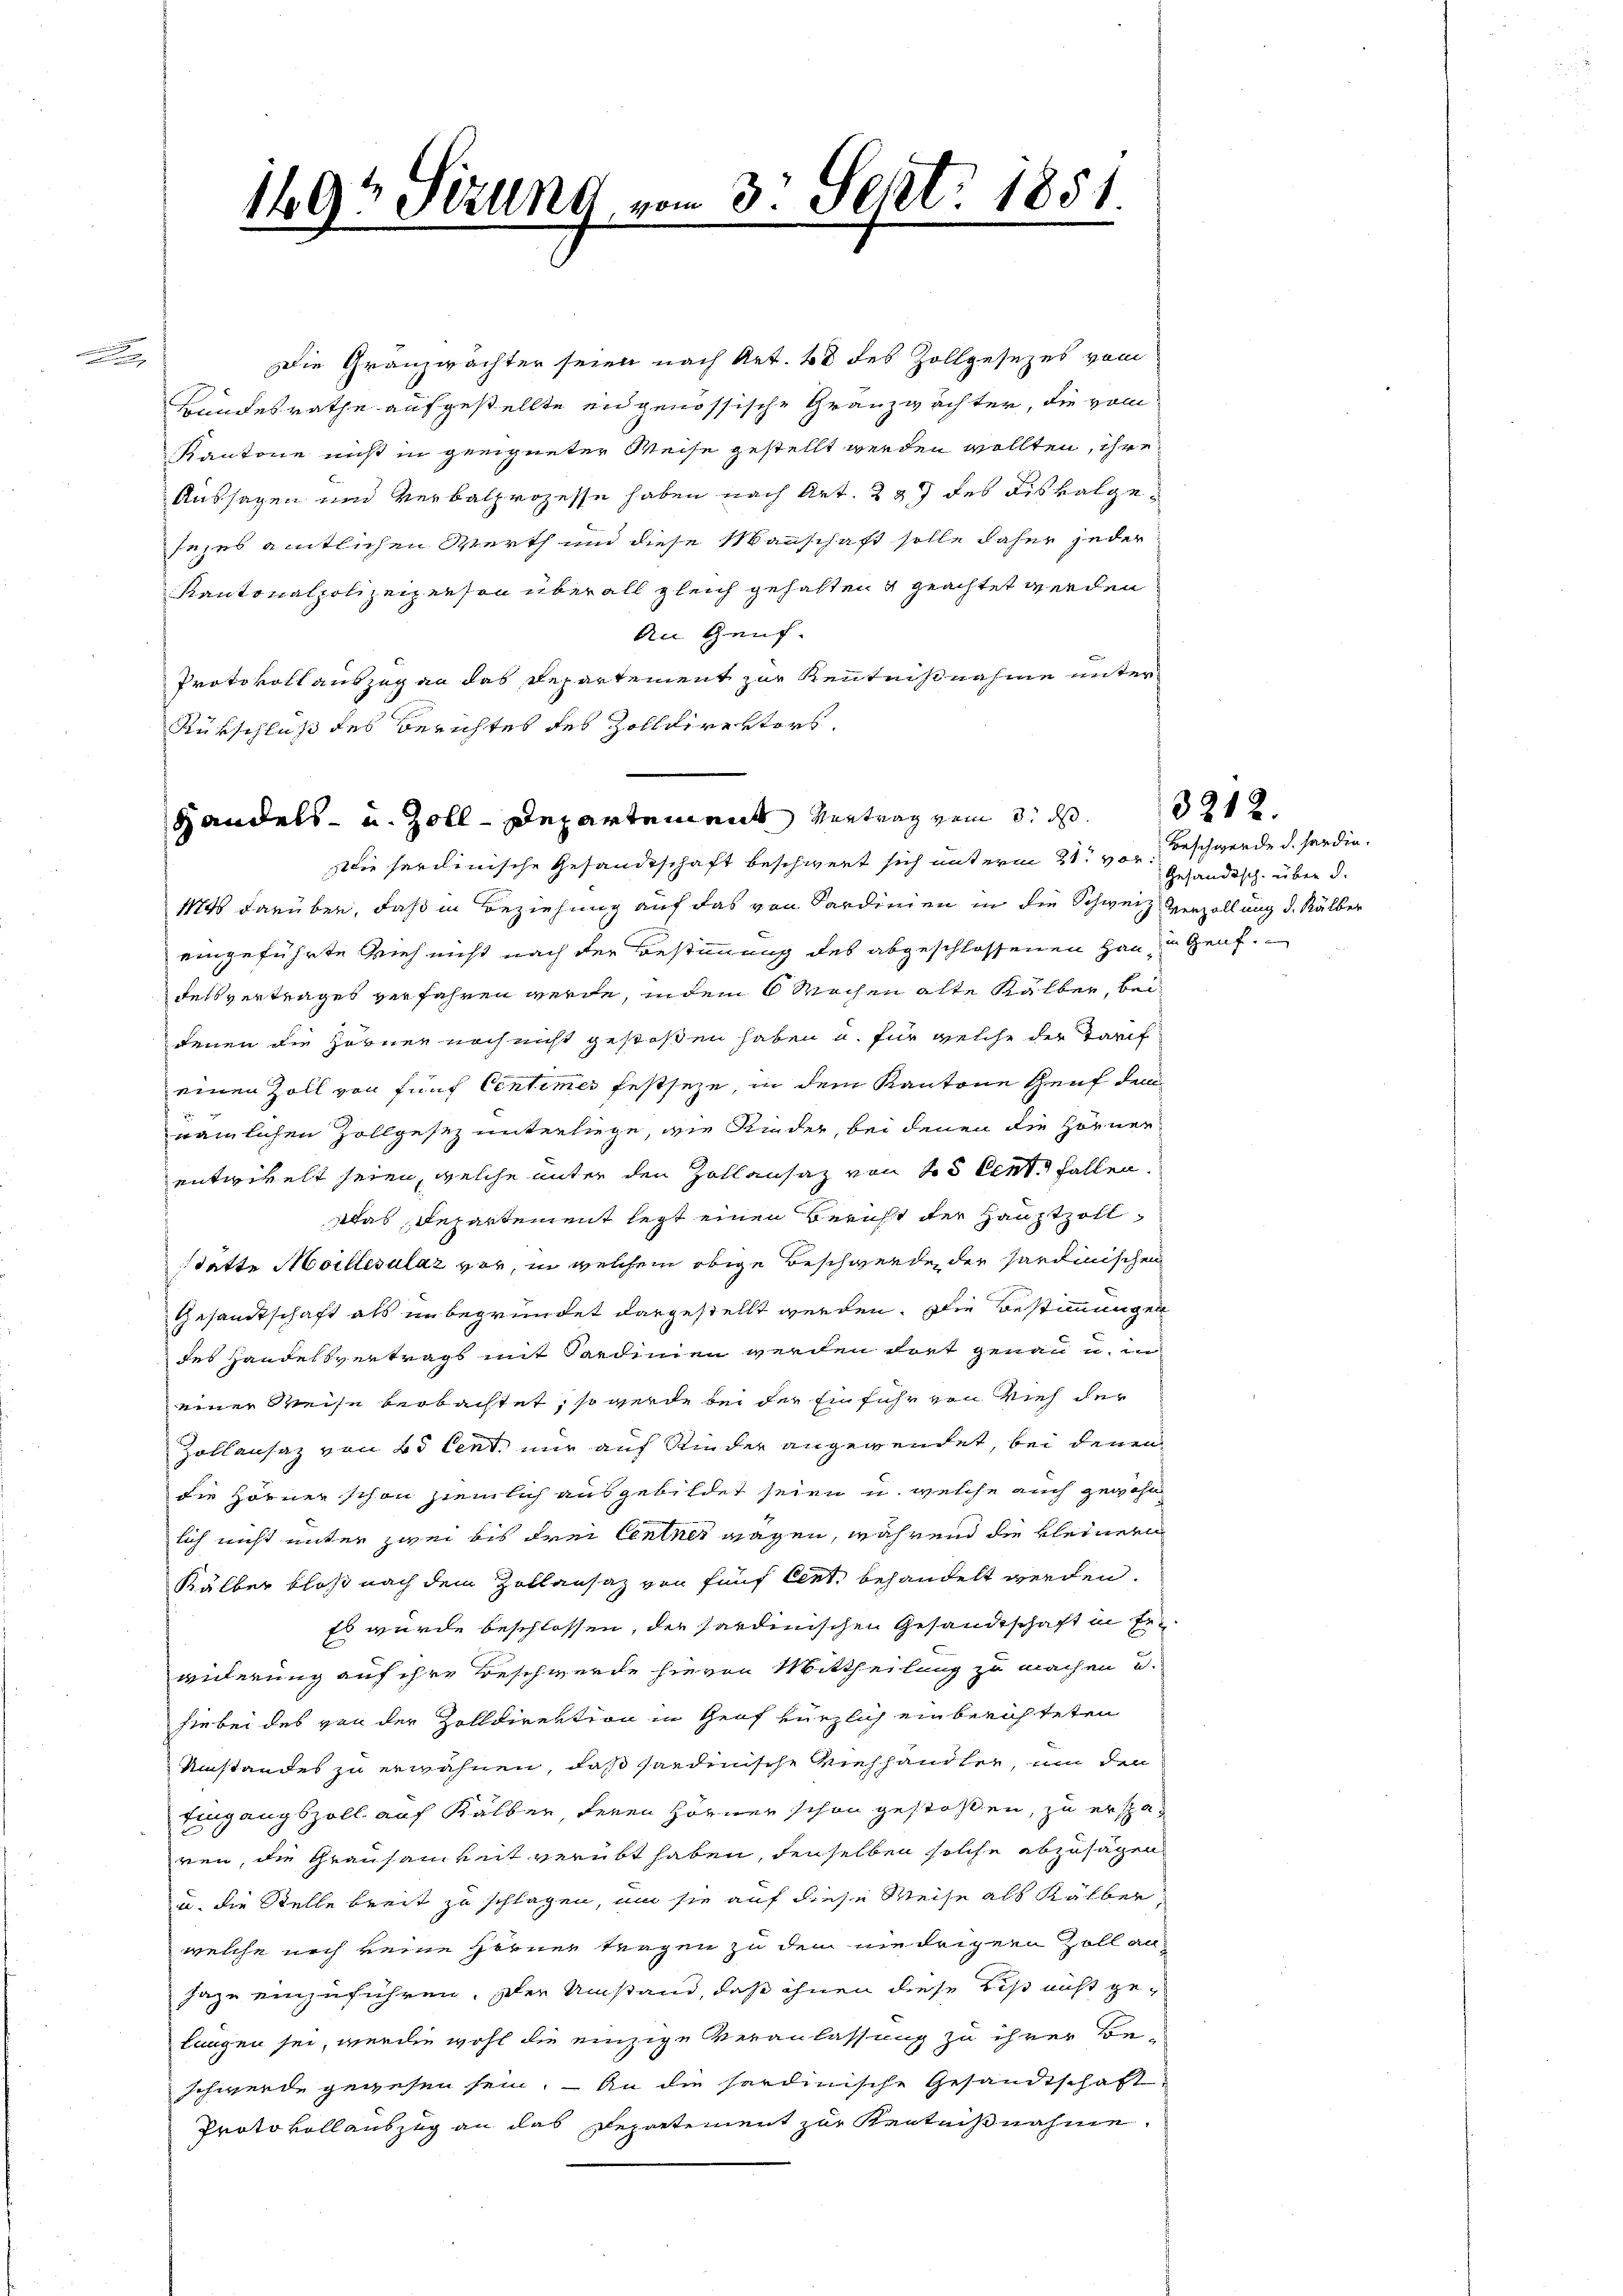
Seat: 1851
19t Serend vom 3.
e

Die Granzwächter seien nach Art. 48 des Zollgesezes vom
Bundesrathe aufgestellte eidgenössische Granzwächter, die vom
Kantone nicht in geeigneter Weise gestellt werden wollten, ihre
Aussagen und Verbalprozesse haben nach Art. 227 des Fiskalgesezes amtlichen Werth und diese Mannschaft solle daher jeder
Kantonalpolizeipeesen überall gleich gehalten & geachtet werden
An Genf.
Protokoll auszug an das Departement zur Kenntnißnahme unter
Rükschluß des Berichtes des Zolldirekters.
Die sardinische Gesandtschaft beschwert sich unterm 21. von Beschwerde d. handia¬
11846 darüber, daß in Beziehung auf das von Sardinien in die Schweiz. Verzöllung d. Kälber
eingeführte Vieh nicht nach der Bestimmung des abgeschlossenen Han in Genf.
delsvertrages verfahren werde, indem 6 Wochen alte Kälber, beidenen die Hörner noch nicht gestoßen haben u. für welche der Tarif
einen Zoll von fünf Centimes festseze, in dem Kantone Genf den
nämlichen Zollgesez unterliege, wie Rieder, bei denen die Hörner
entwikelt seien, welche unter den Zollansaz von 25 Cent fallen.
Was Departement legt einen Bericht der Hauptzollstatte Moillesulaz vor, in welchem obige Beschwerde der Sardinischen
Gesandtschaft als unbegründet dargestellt werden. Die Bestimmungen
des Handelsvertrags mit Ferdinien werden dort genau u. in
einer Weise beobachtet, so werde bei der Einfuhr von Vieh der
Zollansaz von 25 Cent nur auf Rinder angewendet, bei denen
die Hörner schon ziemlich ausgebildet seien u. welche auch gewohn
lich nicht unter zwei bis drei Centner wagen, während die kleinern
Kälber bloß nach dem Zollansaz von fünf Cent. behandelt werden.
Es wurde beschlossen, der Sardinischen Gesandtschaft in Erwiderung auf ihre Beschwerde hievon Mittheilung zu machen u.
hiebei des von der Zolldirektion in Graf hürzlich einberichteten
Umstandes zu erwähnen, daß sardinische Viehhandter, um den
Eingangszoll auf Kälber, deren Hörner schon gestoßen, zu ersparen, die Grausamkeit verübt haben, denselben solche abzusagen
u. die Stelle breit zu schlagen, um sie auf diese Weise als Kälber
welche noch keine Ferner tragen zu den niedrigern Zoll anhazu einzuführen. Der Umstand, daß ihnen diese bis nicht gelungen sei, werden wohl die einzige Veranlassung zu ihrer Be-
schwerde gegesen sein. – An die sardinische Gesandtschaft
Protokoll auszug an das Departement zur Kentnißnahme

Handels- u. Zoll-Departement Vertrag vom 3. ds.

Gesandisch über d.

3212.